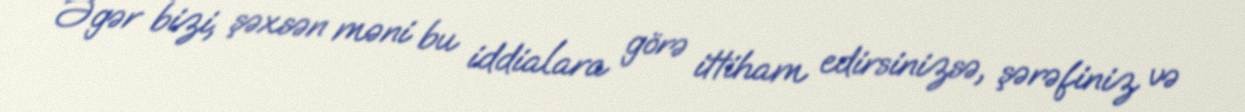
Əgər bizi, şəxsən məni bu iddialara görə ittiham edirsinizsə, şərəfiniz və